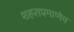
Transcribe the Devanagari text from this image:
शहराप्रमाणेच